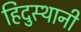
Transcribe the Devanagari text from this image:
हिदुस्थानी